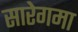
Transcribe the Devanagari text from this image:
सारेगमा